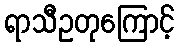
ရာသီဥတုကြောင့်